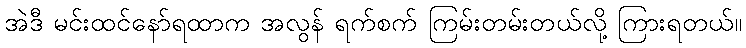
အဲဒီ မင်းထင်နော်ရထာက အလွန် ရက်စက် ကြမ်းတမ်းတယ်လို့ ကြားရတယ်။